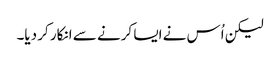
لیکن اُس نے ایسا کرنے سے انکار کر دیا۔